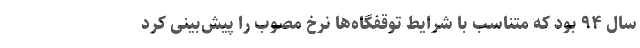
سال ۹۴ بود که متناسب با شرایط توقفگاه‌ها نرخ مصوب را پیش‌بینی کرد